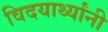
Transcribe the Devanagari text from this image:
विदयार्थ्‍यांनी